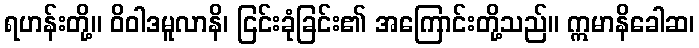
ရဟန်းတို့။ ဝိဝါဒမူလာနိ၊ ငြင်းခုံခြင်း၏ အကြောင်းတို့သည်။ ဣမာနိခေါဆ၊